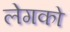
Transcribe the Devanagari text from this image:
लेगको